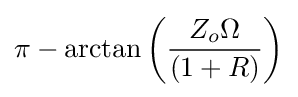
\pi -\arctan {\left({\frac {Z_{o}\Omega }{(1+R)}}\right)}